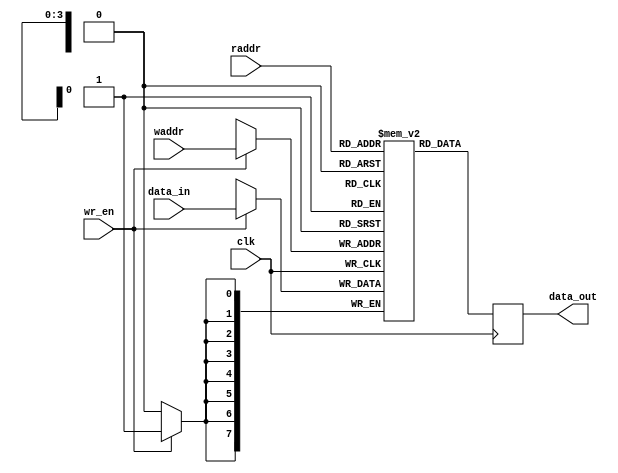
module DP_BRAM #( 
  parameter ADDR_WIDTH = 4,
  parameter DATA_WIDTH = 8
)(
  input clk,
  input [ADDR_WIDTH-1:0] raddr,
  input [ADDR_WIDTH-1:0] waddr,
  input wr_en,
  input [DATA_WIDTH-1:0] data_in,
  output reg [DATA_WIDTH-1:0] data_out);


  reg [DATA_WIDTH-1:0] mem [2**ADDR_WIDTH-1:0];

  always @(posedge clk) begin
      if (wr_en == 1)
          mem[waddr] <= data_in;
      data_out <= mem[raddr];
  end

endmodule